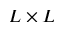
L \times L